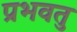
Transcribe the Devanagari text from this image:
प्रभवतु